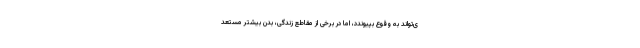
ی‌تواند به وقوع بپیوندد، اما در برخی از مقاطع زندگی، بدن بیشتر مستعد